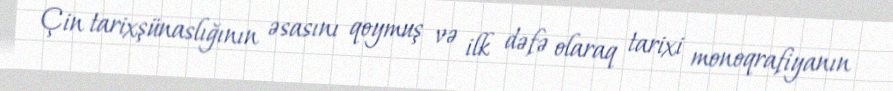
Çin tarixşünaslığının əsasını qoymuş və ilk dəfə olaraq tarixi monoqrafiyanın